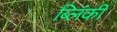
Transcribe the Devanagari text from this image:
ब्लिंकी